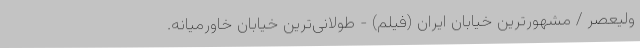
ولیعصر / مشهورترین خیابان ایران (فیلم) - طولانی‌ترین خیابان خاورمیانه.